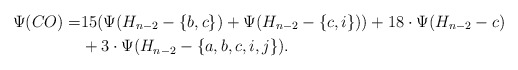
\begin{align*}\Psi (CO) = & 15(\Psi(H_{n-2}-\{b,c\}) + \Psi(H_{n-2}-\{c,i\})) + 18\cdot \Psi (H_{n-2} - c)\\&+ 3\cdot \Psi (H_{n-2}-\{a,b,c,i,j\}).\end{align*}